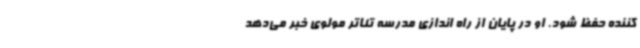
کننده حفظ شود. او در پایان از راه اندازی مدرسه تئاتر مولوی خبر می‌دهد